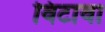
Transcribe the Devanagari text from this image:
विटावा